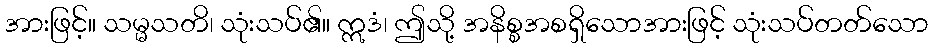
အားဖြင့်။ သမ္မသတိ၊ သုံးသပ်၏။ ဣဒံ၊ ဤသို့ အနိစ္စအစရှိသောအားဖြင့် သုံးသပ်တတ်သော